Indian Civil Veterinary Department memoirs
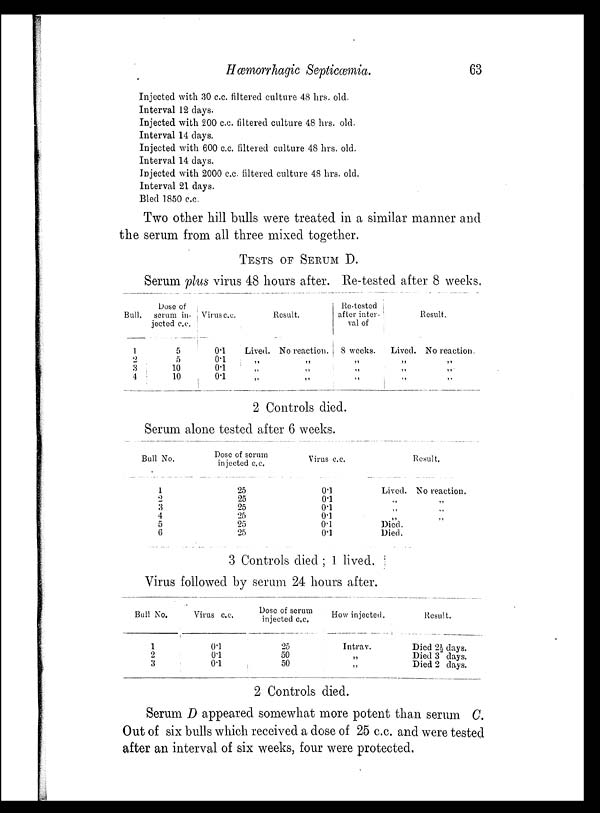
Hæmorrhagic Septicæmia.
63
Injected with 30 c.c. filtered culture 48 hrs. old.
Interval 12 days.
Injected with 200 c.c. filtered culture 48 hrs. old.
Interval 14 days.
Injected with 600 c.c. filtered culture 48 hrs. old.
Interval 14 days.
Injected with 2000 c.c. filtered culture 48 hrs. old.
Interval 21 days.
Bled 1850 c.c.
Two other hill bulls were treated in a similar manner and
the serum from all three mixed together.
TESTS OF SERUM D.
Serum plus virus 48 hours after. Re-tested after 8 weeks.
Bull.
1
2
3
4
Dose of
serum in-
jected c.c.
5
5
10
10
Virus c.c.
0.1
0.1
0.1
0.1
Result.
Lived. No reaction.
„ „
„ „
„ „
Re-tested
after inter-
val of
8 weeks.
„
„
„
Result.
Lived. No reaction.
„ „
„ „
„ „
2 Controls died.
Serum alone tested after 6 weeks.
Bull No.
1
2
3
4
5
6
Dose of serum
injected c.c.
25
25
25
25
25
25
Virus c.c.
0.1
0.1
0.1
0.1
0.1
0.1
Lived.
„
„
„
Died.
Died.
Result.
No reaction.
„
„
„
3 Controls died ; 1 lived.
Virus followed by serum 24 hours after.
Bull No.
1
2
3
Virus c.c.
0.1
0.1
0.1
Dose of serum
injected c.c.
25
50
50
How injected.
Intrav.
„
„
Result.
Died 2½ days.
Died 3 days.
Died 2 days.
2 Controls died.
Serum D appeared somewhat more potent than serum C.
Out of six bulls which received a dose of 25 c.c. and were tested
after an interval of six weeks, four were protected.